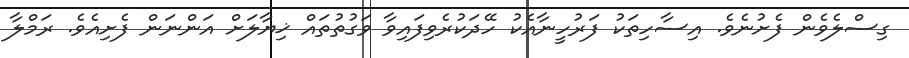
ގިސްލެވެން ފެށުނެވެ. އިސާހިތަކު ފަރުހީނާއެކު ހޭދަކުރެވިފައިވާ ވަގުތުތައް ޚިޔާލަށް އަންނަން ފެށިއެވެ. ރަމްލާ